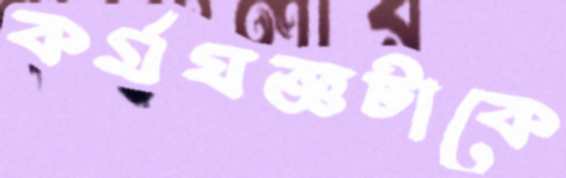
কর্মযজ্ঞটাকে